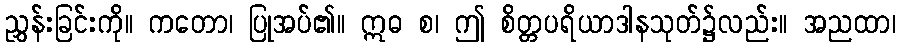
ညွှန်းခြင်းကို။ ကတော၊ ပြုအပ်၏။ ဣဓ စ၊ ဤ စိတ္တပရိယာဒါနသုတ်၌လည်း။ အညထာ၊